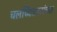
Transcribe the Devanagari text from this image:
चलच्चित्रपटांच्या